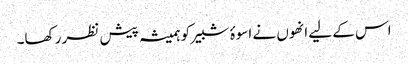
اس کے لیے انھوں نے اسوۂ شبیر کو ہمیشہ پیش نظر رکھا۔